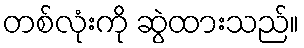
တစ်လုံးကို ဆွဲထားသည်။